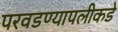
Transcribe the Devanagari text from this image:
परवडण्यापलीकडे